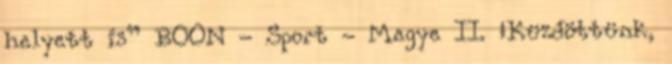
helyett is” BOON - Sport - Megye II. „Küzdöttünk,